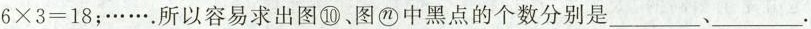
$$6 \times 3 = 18$$；….所以容易求出图⑩、图ⓝ中黑点的个数分别是___、___